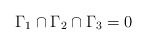
\begin{align*} \Gamma_1 \cap \Gamma_2 \cap \Gamma_3 = 0\end{align*}